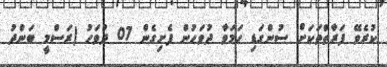
ކުރެވޭ ފަރާތްތަކަށް ސުންގަޑި ހަމަވާ ދުވަހުން ފެށިގެން 07 ދުވަހު (ރަސްމީ ބަންދު